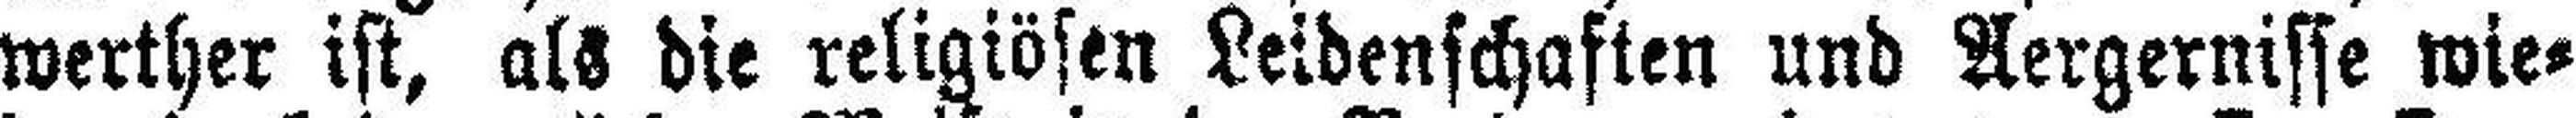
werther ist, als die religiösen Leidenschaften und Aergernisse wie¬